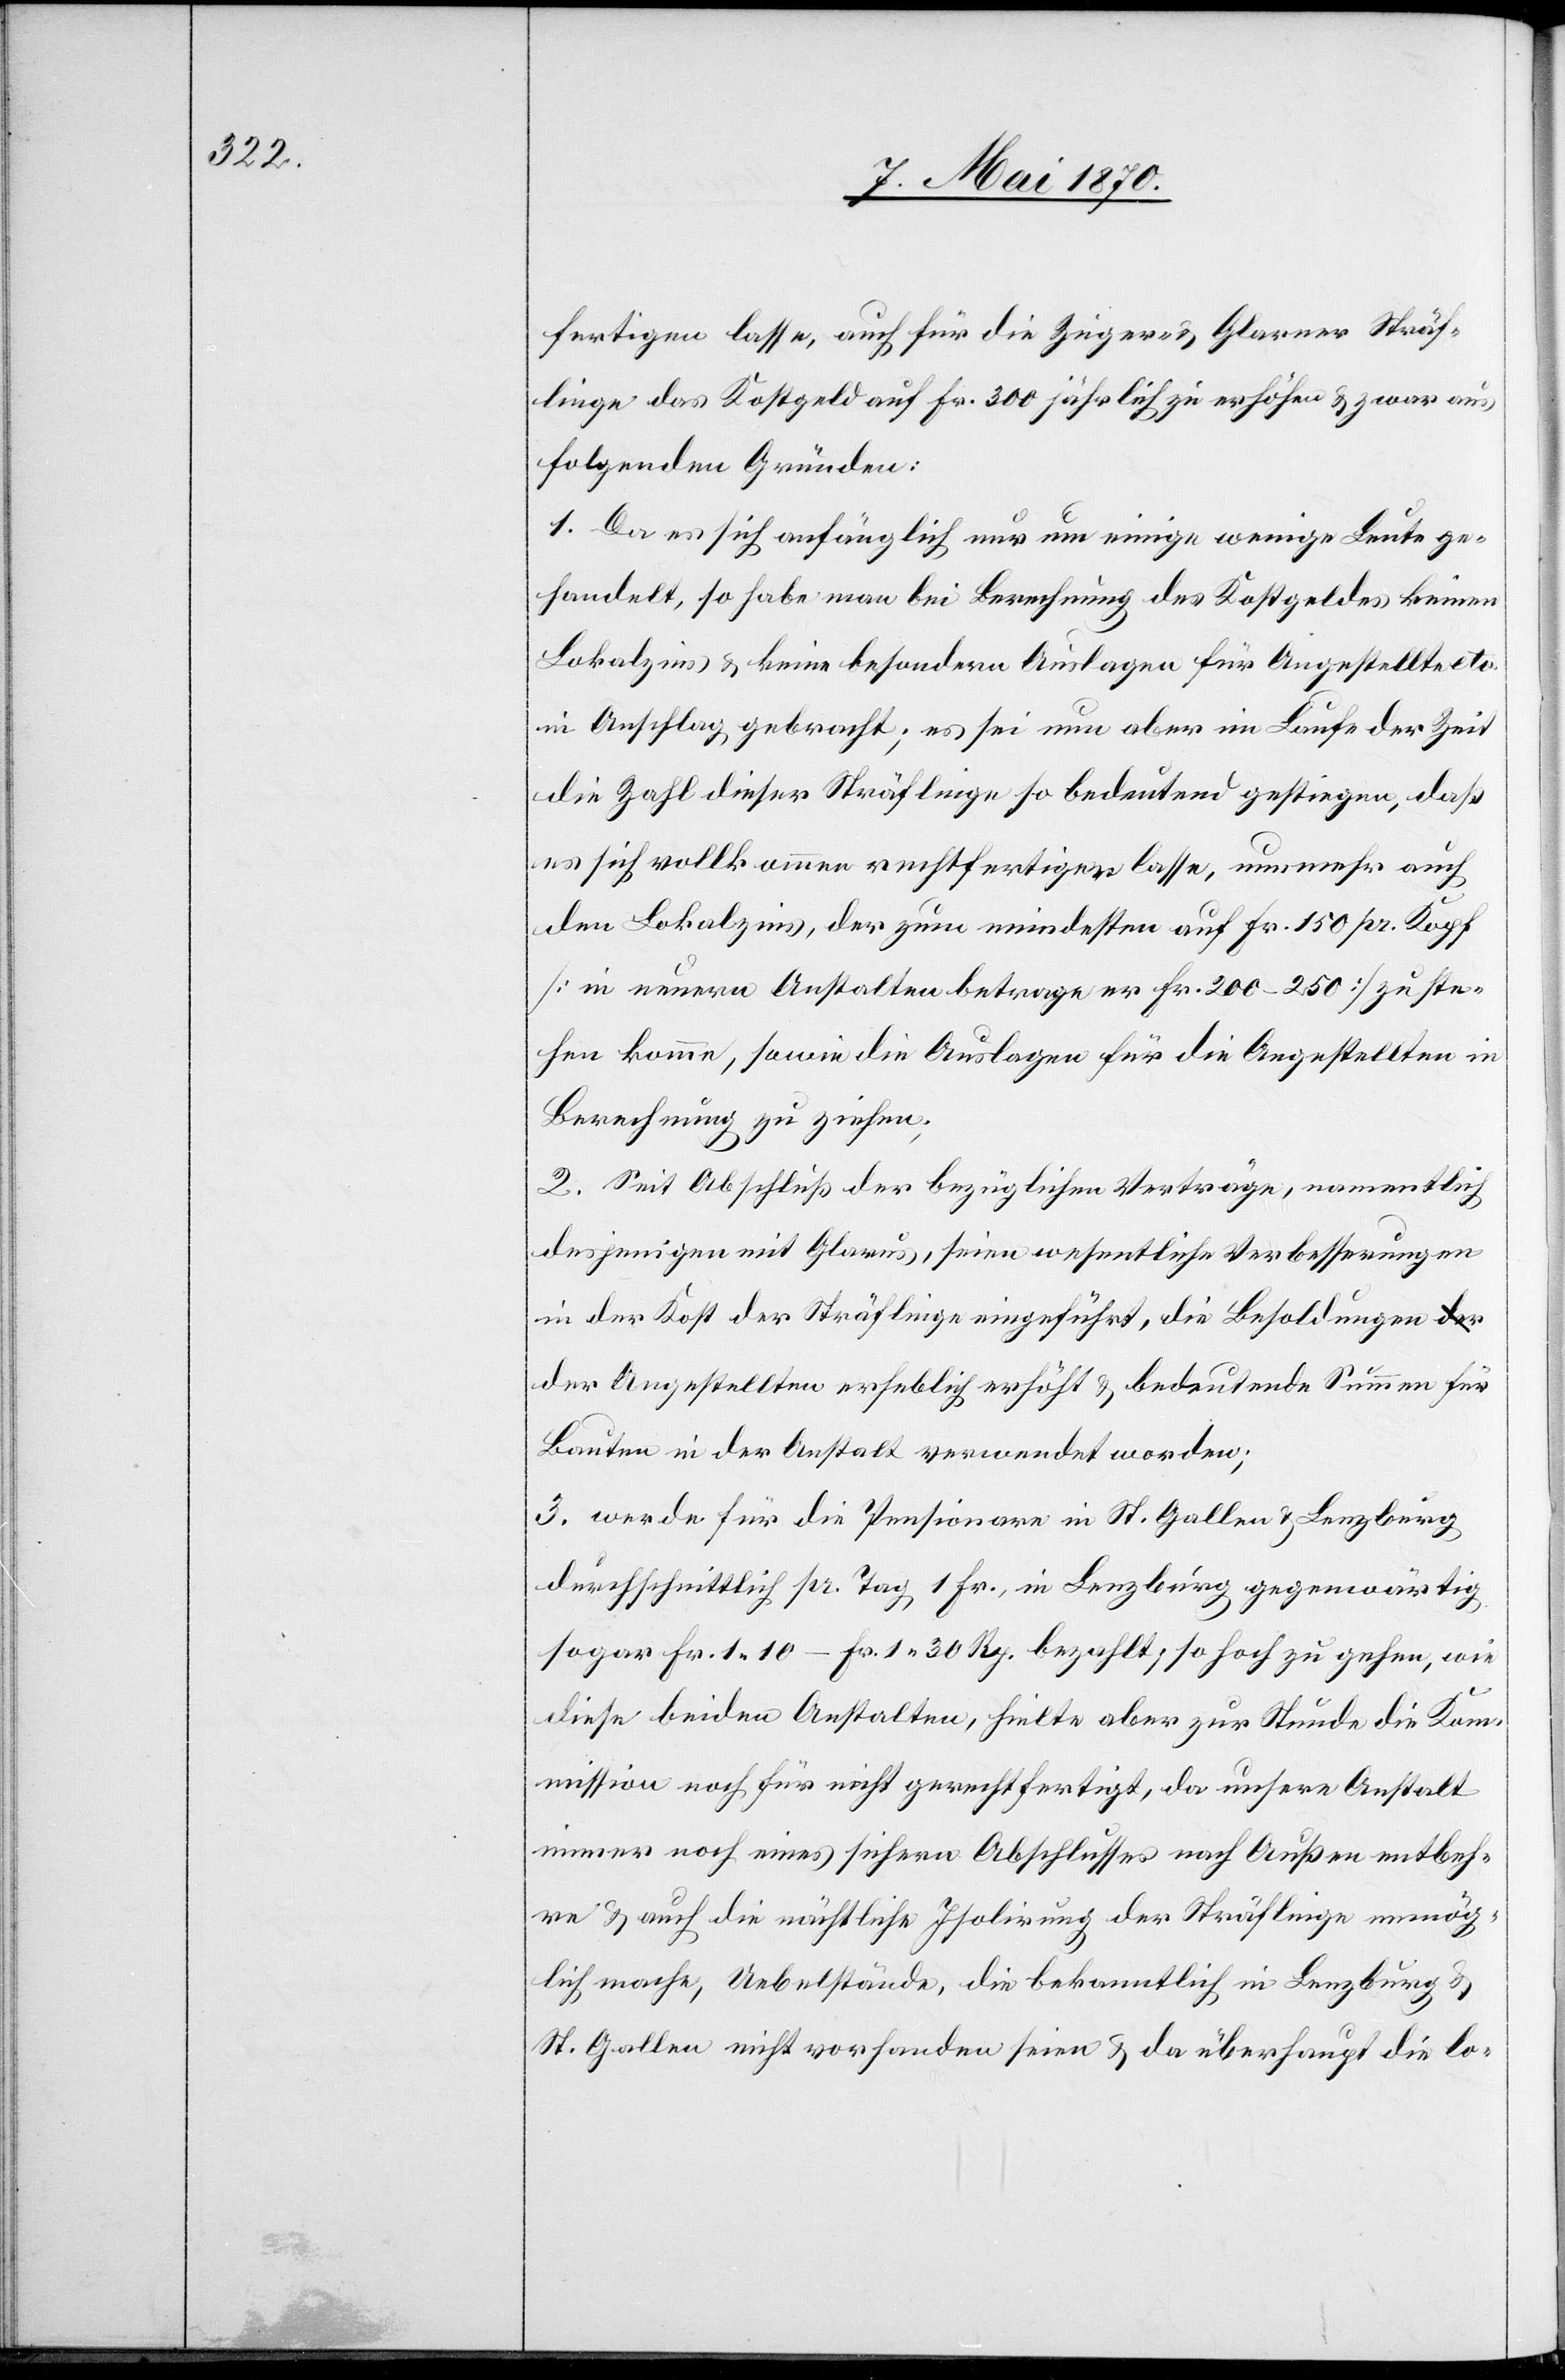
fertigen lasse, auch für die Zuger- & Glarner Sträf¬
linge das Kostgeld auf Fr. 300 jährlich zu erhöhen & zwar aus
folgenden Gründen:
1. Da es sich anfänglich nur um einige wenige Leute ge¬
handelt, so habe man bei Berechnung des Kostgeldes keinen
Lokalzins & keine besondern Auslagen für Angestellte etc.
in Anschlag gebracht; es sei nun aber im Laufe der Zeit
die Zahl dieser Sträflinge so bedeutend gestiegen, daß
es sich vollkommen rechtfertigen lasse, nunmehr auch
den Lokalzins, der zum mindesten auf Fr. 150 pr. Kopf
[in neuern Anstalten betrage er Fr. 200–250] zu ste¬
hen komme, sowie die Auslagen für die Angestellten in
Berechnung zu ziehen;
2. Seit Abschluß der bezüglichen Verträge, namentlich
desjenigen mit Glarus, seien wesentliche Verbesserungen
in der Kost der Sträflinge eingeführt, die Besoldungen de¬
r Angestellten erheblich erhöht & bedeutende Summen für
Bauten in der Anstalt verwendet worden;
3. werde für die Pensionare in St. Gallen & Lenzburg
durchschnittlich pr. Tag 1 Fr., in Lenzburg gegenwärtig
sogar Fr. 1.10–Fr. 1.30 Rp. bezahlt; so hoch zu gehen, wie
diese beiden Anstalten, hielte aber zur Stunde die Kom¬
mission noch für nicht gerechtfertigt, da unsere Anstalt
immer noch eines sichern Abschlusses nach Außen entbeh¬
re & auch die nächtliche Isolirung der Sträflinge unmög¬
lich mache, Uebelstände, die bekanntlich in Lenzburg &
St. Gallen nicht vorhanden seien & da überhaupt die lo-